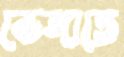
ভেঙ্গাতে